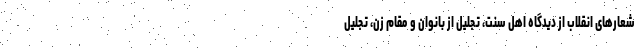
شعارهای انقلاب از دیدگاه اهل سنت، تجلیل از بانوان و مقام زن، تجلیل